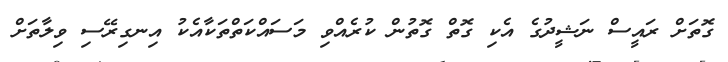
ގޮތަށް ރައީސް ނަޝީދުގެ އެކި ގޮތް ގޮތުން ކުރެއްވި މަސައްކަތްތަކާއެކު އިނގިރޭސި ވިލާތަށް